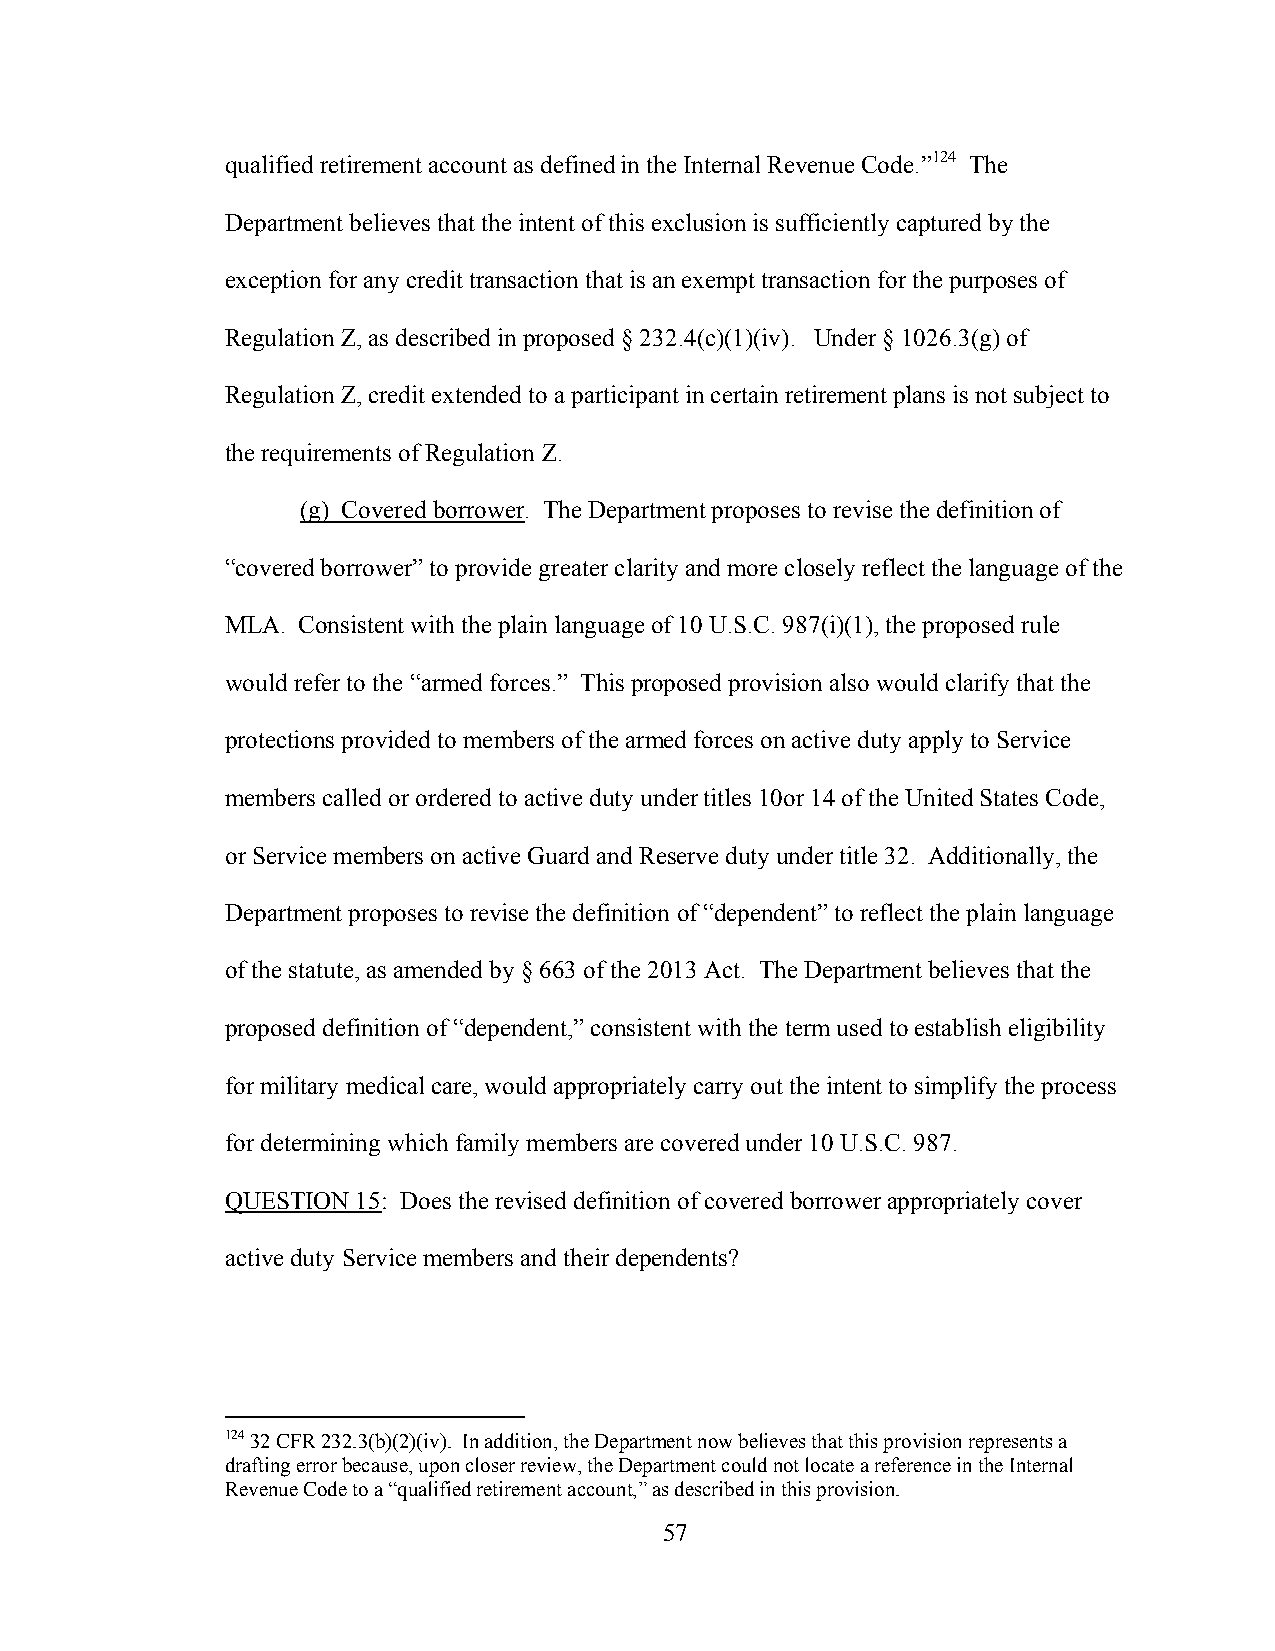
qualified retirement account as defined in the Internal Revenue Code.”124 The
 Department believes that the intent of this exclusion is sufficiently captured by the
 exception for any credit transaction that is an exempt transaction for the purposes of
 Regulation Z, as described in proposed § 232.4(c)(1)(iv). Under § 1026.3(g) of
 Regulation Z, credit extended to a participant in certain retirement plans is not subject to
 the requirements of Regulation Z.
 (g) Covered borrower. The Department proposes to revise the definition of
 “covered borrower” to provide greater clarity and more closely reflect the language of the
 MLA. Consistent with the plain language of 10 U.S.C. 987(i)(1), the proposed rule
 would refer to the “armed forces.” This proposed provision also would clarify that the
 protections provided to members of the armed forces on active duty apply to Service
 members called or ordered to active duty under titles 10or 14 of the United States Code,
 or Service members on active Guard and Reserve duty under title 32. Additionally, the
 Department proposes to revise the definition of “dependent” to reflect the plain language
 of the statute, as amended by § 663 of the 2013 Act. The Department believes that the
 proposed definition of “dependent,” consistent with the term used to establish eligibility
 for military medical care, would appropriately carry out the intent to simplify the process
 for determining which family members are covered under 10 U.S.C. 987.
 QUESTION 15: Does the revised definition of covered borrower appropriately cover
 active duty Service members and their dependents?
 124 32 CFR 232.3(b)(2)(iv). In addition, the Department now believes that this provision represents a
 drafting error because, upon closer review, the Department could not locate a reference in the Internal
 Revenue Code to a “qualified retirement account,” as described in this provision.
 57